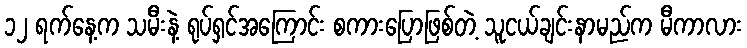
၁၂ ရက်နေ့က သမီးနဲ့ ရုပ်ရှင်အကြောင်း စကားပြောဖြစ်တဲ့ သူငယ်ချင်းနာမည်က မီကာလား